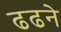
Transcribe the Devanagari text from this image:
ढढने